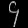
Digit: ၄